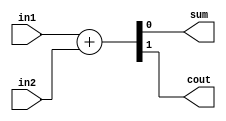
`timescale  1ns/1ns
////////////////////////////////////////////////////////////////////////
// Module Name   : half_adder
// Project Name  : half_adder
// Target Devices: Altera EP4CE10F17C8N
// Tool Versions : Quartus 13.0
// Description   : 
//
// Revision      : V1.0
// Additional Comments:
// 
// : _Pro_FPGA
//     : http://www.embedfire.com
//     : http://www.firebbs.cn
//     : https://fire-stm32.taobao.com
////////////////////////////////////////////////////////////////////////

module  half_adder
(
    input   wire    in1 ,   //1
    input   wire    in2 ,   //2
    
    output  wire    sum ,   //
    output  wire    cout    //
);

//********************************************************************//
//***************************** Main Code ****************************//
//********************************************************************//
//sum:
//cout:
assign  {cout, sum} = in1 + in2;

endmodule